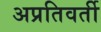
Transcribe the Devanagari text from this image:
अप्रतिवर्ती